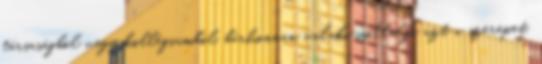
társaságból vagy kollégiumból, bárhonnan valaki vállalja azt a szerepet,